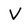
Character: V